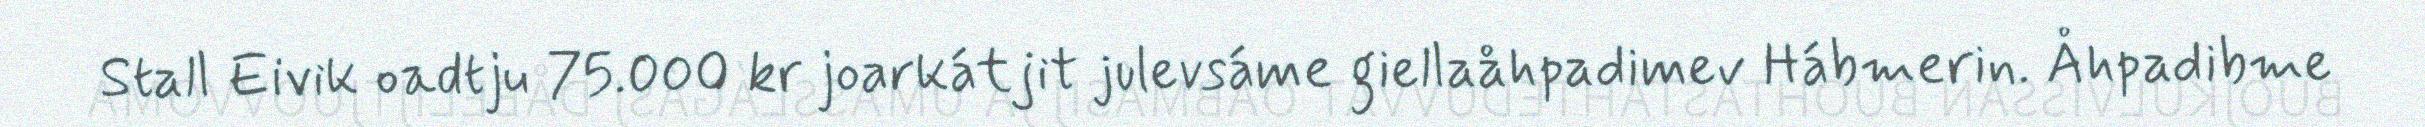
Stall Eivik oadtju 75.000 kr joarkátjit julevsáme giellaåhpadimev Hábmerin. Åhpadibme